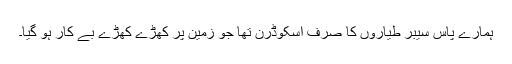
ہمارے پاس سیبر طیاروں کا صرف اسکوڈرن تھا جو زمین پر کھڑے کھڑے بے کار ہو گیا۔